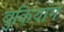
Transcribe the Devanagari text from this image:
बुकियांगे